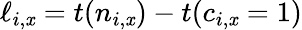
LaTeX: \ell_{i,\mathit{x}}=t(n_{i,\mathit{x}})-t(c_{i,\mathit{x}}=1)